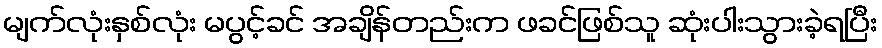
မျက်လုံးနှစ်လုံး မပွင့်ခင် အချိန်တည်းက ဖခင်ဖြစ်သူ ဆုံးပါးသွားခဲ့ရပြီး